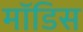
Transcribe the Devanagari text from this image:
मॉडिस